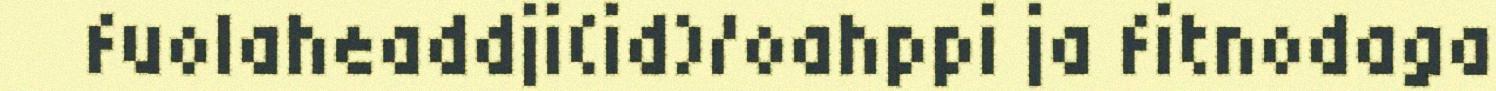
fuolaheaddji(id)/oahppi ja fitnodaga